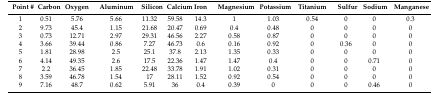
<table><thead><tr><td><b>Point #</b></td><td><b>Carbon</b></td><td><b>Oxygen</b></td><td><b>Aluminum</b></td><td><b>Silicon</b></td><td><b>Calcium</b></td><td><b>Iron</b></td><td><b>Magnesium</b></td><td><b>Potassium</b></td><td><b>Titanium</b></td><td><b>Sulfur</b></td><td><b>Sodium</b></td><td><b>Manganese</b></td></tr></thead><tbody><tr><td>1</td><td>0.51</td><td>5.76</td><td>5.66</td><td>11.32</td><td>59.58</td><td>14.3</td><td>1</td><td>1.03</td><td>0.54</td><td>0</td><td>0</td><td>0.3</td></tr><tr><td>2</td><td>9.73</td><td>45.4</td><td>1.15</td><td>21.68</td><td>20.47</td><td>0.69</td><td>0.4</td><td>0.48</td><td>0</td><td>0</td><td>0</td><td>0</td></tr><tr><td>3</td><td>0.73</td><td>12.71</td><td>2.97</td><td>29.31</td><td>46.56</td><td>2.27</td><td>0.58</td><td>0.87</td><td>0</td><td>0</td><td>0</td><td>0</td></tr><tr><td>4</td><td>3.66</td><td>39.44</td><td>0.86</td><td>7.27</td><td>46.73</td><td>0.6</td><td>0.16</td><td>0.92</td><td>0</td><td>0.36</td><td>0</td><td>0</td></tr><tr><td>5</td><td>1.81</td><td>28.98</td><td>2.5</td><td>25.1</td><td>37.8</td><td>2.13</td><td>1.35</td><td>0.33</td><td>0</td><td>0</td><td>0</td><td>0</td></tr><tr><td>6</td><td>4.14</td><td>49.35</td><td>2.6</td><td>17.5</td><td>22.36</td><td>1.47</td><td>1.47</td><td>0.4</td><td>0</td><td>0</td><td>0.71</td><td>0</td></tr><tr><td>7</td><td>2.2</td><td>36.45</td><td>1.85</td><td>22.48</td><td>33.78</td><td>1.91</td><td>1.02</td><td>0.31</td><td>0</td><td>0</td><td>0</td><td>0</td></tr><tr><td>8</td><td>3.59</td><td>46.78</td><td>1.54</td><td>17</td><td>28.11</td><td>1.52</td><td>0.92</td><td>0.54</td><td>0</td><td>0</td><td>0</td><td>0</td></tr><tr><td>9</td><td>7.16</td><td>48.7</td><td>0.62</td><td>5.91</td><td>36</td><td>0.4</td><td>0.39</td><td>0</td><td>0</td><td>0</td><td>0.46</td><td>0</td></tr></tbody></table>